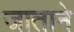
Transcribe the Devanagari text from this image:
जाताने